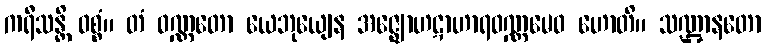
ကရီသန္တိ ဝစ္စံ။ တံ ဝဏ္ဏတော ယေဘုယျေန အဇ္ဈောဟဋာဟာရဝဏ္ဏမေဝ ဟောတိ။ သဏ္ဌာနတော